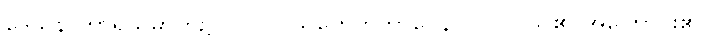
ဒေသနာဟာရသမ္ပာတ၌။ ဝိပလ္လာသဟေတုဘာဝေန၊ ဝိပလ္လာသ၏ အကြောင်း၏